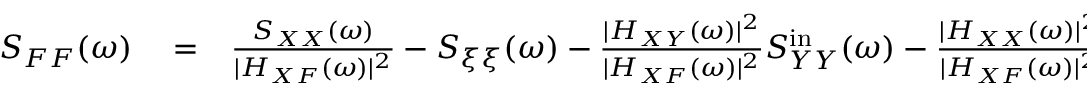
\begin{array} { r l r } { S _ { F F } ( \omega ) } & { { } = } & { \frac { S _ { X X } ( \omega ) } { | H _ { X F } ( \omega ) | ^ { 2 } } - S _ { \xi \xi } ( \omega ) - \frac { | H _ { X Y } ( \omega ) | ^ { 2 } } { | H _ { X F } ( \omega ) | ^ { 2 } } S _ { Y Y } ^ { \mathrm { i n } } ( \omega ) - \frac { | H _ { X X } ( \omega ) | ^ { 2 } } { | H _ { X F } ( \omega ) | ^ { 2 } } S _ { X X } ^ { \mathrm { i n } } ( \omega ) } \end{array}